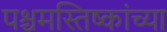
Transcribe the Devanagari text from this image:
पश्चमस्तिष्कांच्या